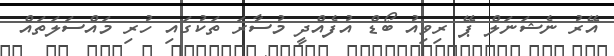
އޭރު ނެޝަނަލް ޕޭ ރިވިއު ބޯޑް އުފެއްދީ މުސާރަ ތަކުގައި ހުރި މައްސަލަތައް